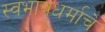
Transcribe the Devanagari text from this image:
स्वभावधर्माचे